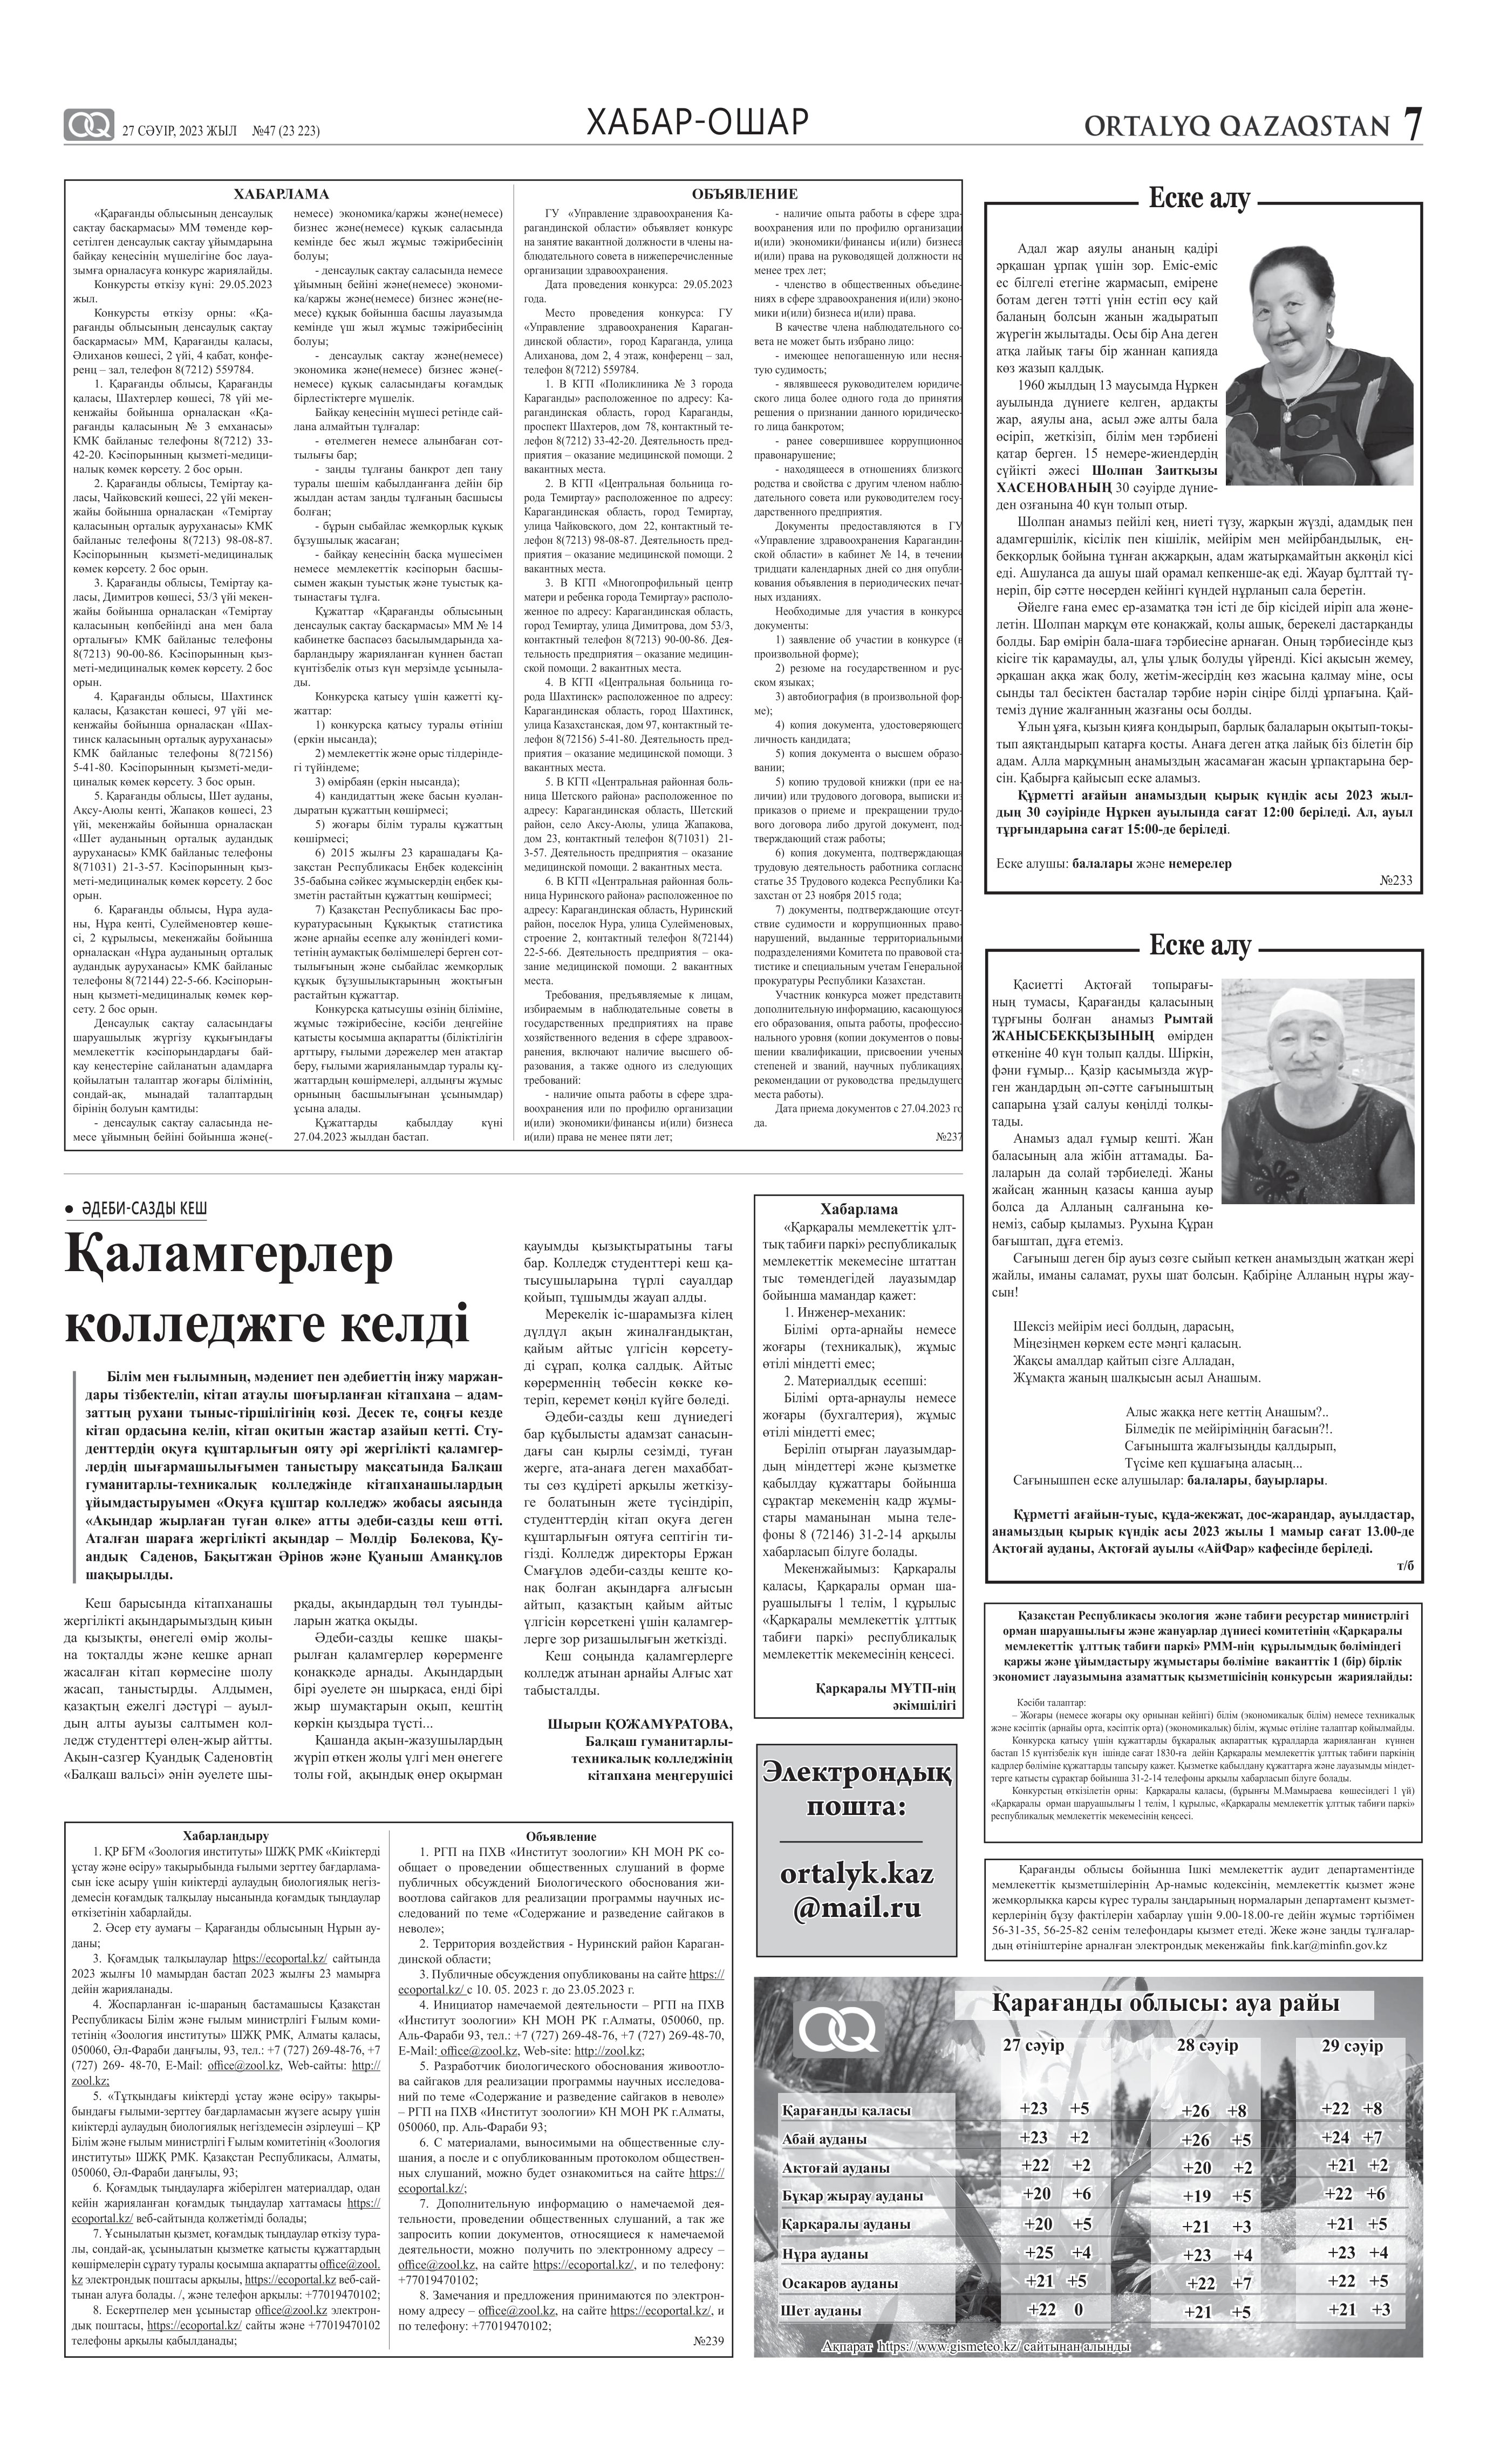
Language: kk